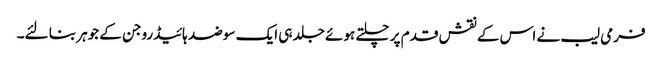
فرمی لیب نے اس کے نقش قدم پر چلتے ہوئے جلد ہی ایک سو ضد ہائیڈروجن کے جوہر بنا لئے۔